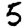
Digit: 5